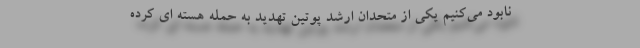
نابود می‌کنیم یکی از متحدان ارشد پوتین تهدید به حمله هسته ای کرده